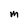
Character: m